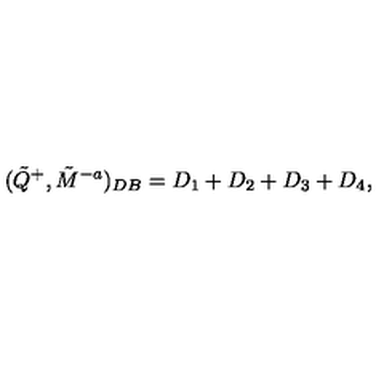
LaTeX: ( \tilde { Q } ^ { + } , \tilde { M } ^ { - a } ) _ { D B } = D _ { 1 } + D _ { 2 } + D _ { 3 } + D _ { 4 } ,